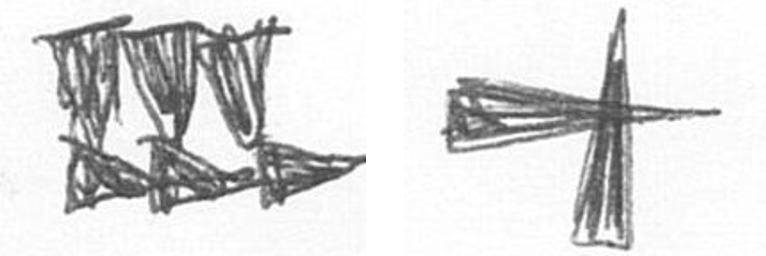
D G